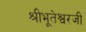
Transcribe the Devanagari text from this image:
श्रीभूतेश्वरजी